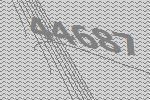
44687